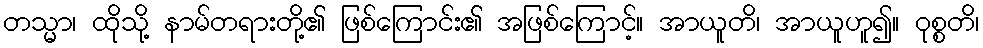
တသ္မာ၊ ထိုသို့ နာမ်တရားတို့၏ ဖြစ်ကြောင်း၏ အဖြစ်ကြောင့်။ အာယူတိ၊ အာယူဟူ၍။ ဝုစ္စတိ၊